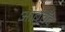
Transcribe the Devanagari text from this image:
आबचॅद